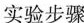
实验步骤